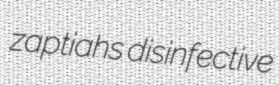
zaptiahs disinfective